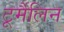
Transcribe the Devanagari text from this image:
टूर्मैलिन